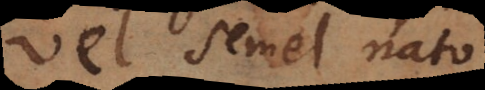
vel semel nato